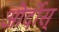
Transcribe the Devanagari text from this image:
ओर्दोस्